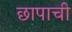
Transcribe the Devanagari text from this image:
छापाची